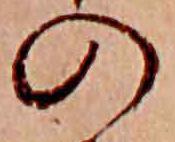
の